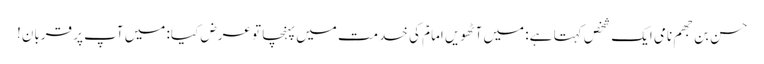
حسن بن جھم نامی ایک شخص کہتا ہے: میں آٹھویں امامؑ کی خدمت میں پہنچا تو عرض کیا: میں آپ پر قربان!